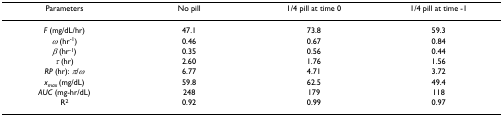
<table><thead><tr><td><b>Parameters</b></td><td><b>No pill</b></td><td><b>1/4 pill at time 0</b></td><td><b>1/4 pill at time -1</b></td></tr></thead><tbody><tr><td><i>F </i>(mg/dL/hr)</td><td>47.1</td><td>73.8</td><td>59.3</td></tr><tr><td><i>ω </i>(hr<sup>-1</sup>)</td><td>0.46</td><td>0.67</td><td>0.84</td></tr><tr><td><i>β </i>(hr<sup>-1</sup>)</td><td>0.35</td><td>0.56</td><td>0.44</td></tr><tr><td><i>τ </i>(hr)</td><td>2.60</td><td>1.76</td><td>1.56</td></tr><tr><td><i>RP </i>(hr): <i>π</i>/<i>ω</i></td><td>6.77</td><td>4.71</td><td>3.72</td></tr><tr><td><i>x</i><sub><i>max </i></sub>(mg/dL)</td><td>59.8</td><td>62.5</td><td>49.4</td></tr><tr><td><i>AUC </i>(mg-hr/dL)</td><td>248</td><td>179</td><td>118</td></tr><tr><td>R<sup>2</sup></td><td>0.92</td><td>0.99</td><td>0.97</td></tr></tbody></table>